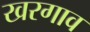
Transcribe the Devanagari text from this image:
खरगाव